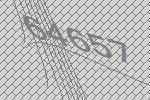
64657